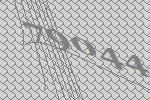
79044